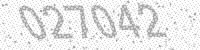
Solution: 027042